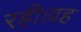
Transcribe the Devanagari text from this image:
रही।वह